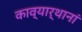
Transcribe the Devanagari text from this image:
काव्यार्थानां